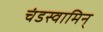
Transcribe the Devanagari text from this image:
चंडस्वामिन्